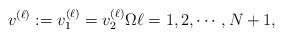
LaTeX: \begin{align*}v^{(\ell)}:=v_1^{(\ell)}=v_2^{(\ell)} \Omega \ell =1,2,\cdots, N+1,\end{align*}